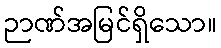
ဉာဏ်အမြင်ရှိသော။